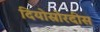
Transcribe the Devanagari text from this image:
दियोस्रोरदीस